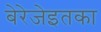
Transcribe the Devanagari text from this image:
बेरेजेइतका